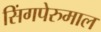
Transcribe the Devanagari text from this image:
सिंगपेरुमाल